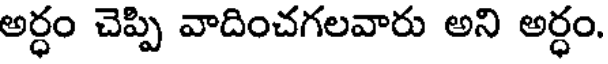
అర్ధం చెప్పి వాదించగలవారు అని అర్ధం.